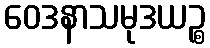
ဝေဒနာသမုဒယဉ္စ